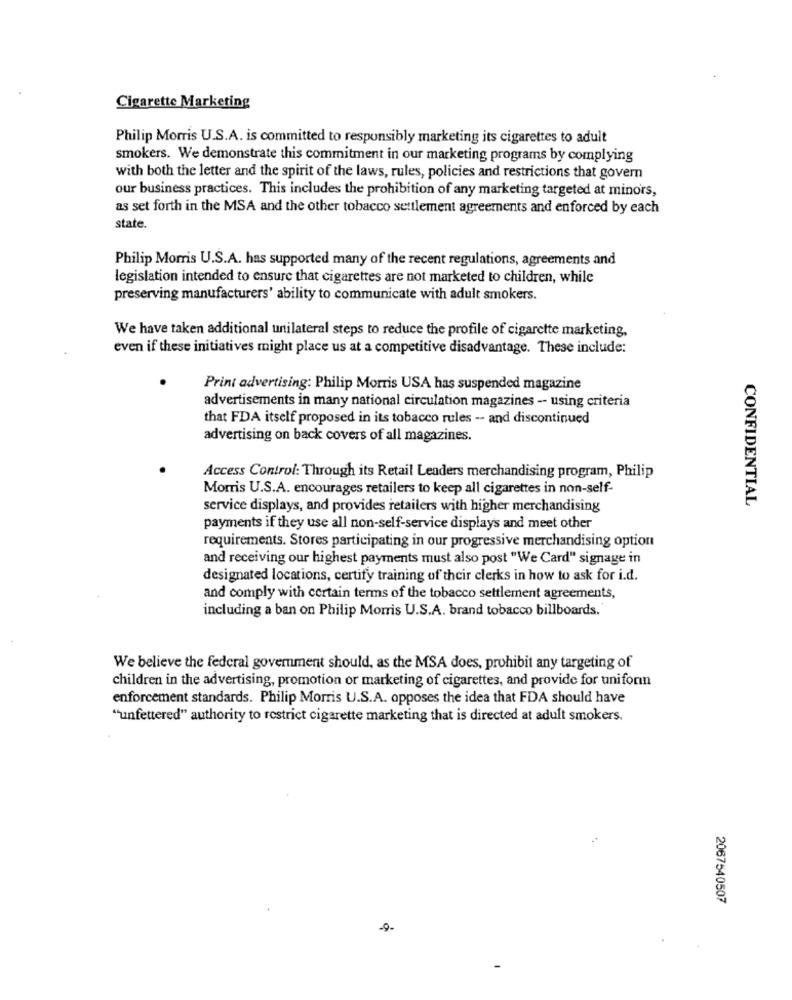
Cigarette Marketing
Philip Morris U.S.A. is committed to responsibly marketing its cigarettes to adult
smokers. We demonstrate this commitment in our marketing programs by complying
with both the letter and the spirit of the laws, rules, policies and restrictions that govern
our business practices. This includes the prohibition of any marketing targeted at minors,
as set forth in the MSA and the other tobacco settlement agreements and enforced by each
state.
Philip Morris U.S.A. has supported many of the recent regulations, agreements and
legislation intended to ensure that cigarettes are not marketed to children, while
preserving manufacturers' ability to communicate with adult smokers.
We have taken additional unilateral steps to reduce the profile of cigarette marketing,
even if these initiatives might place us at a competitive disadvantage. These include:
Print advertising: Philip Morris USA has suspended magazine
advertisements in many national circulation magazines -- using criteria
that FDA itself proposed in its tobacco rules -- and discontinued
advertising on back covers of all magazines.
Access Control: Through its Retail Leaders merchandising program, Philip
Morris U.S.A. encourages retailers to keep all cigarettes in non-self-
service displays, and provides retailers with higher merchandising
CONFIDENTIAL
payments if they use all non-self-service displays and meet other
requirements. Stores participating in our progressive merchandising option
and receiving our highest payments must also post "We Card" signage in
designated locations, certify training of their clerks in how to ask for i.d.
and comply with cortain terms of the tobacco settlement agreements,
including a ban on Philip Morris U.S.A. brand tobacco billboards.
We believe the federal government should, as the MSA does, prohibit any targeting of
children in the advertising, promotion or marketing of cigarettes, and provide for uniformn
enforcement standards. Philip Morris U.S.A. opposes the idea that FDA should have
"unfettered" authority to restrict cigarette marketing that is directed at adult smokers.
2067540507
9-